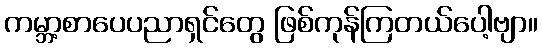
ကမ္ဘာ့စာပေပညာရှင်တွေ ဖြစ်ကုန်ကြတယ်ပေါ့ဗျာ။